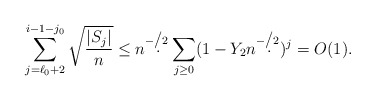
\begin{align*}\sum_{j=\ell_0+2}^{i-1-j_0}\sqrt{\frac{|S_j|}{n}}\le n^{-\d/2}\sum_{j\ge 0} (1-Y_2n^{-\d/2})^j =O(1).\end{align*}